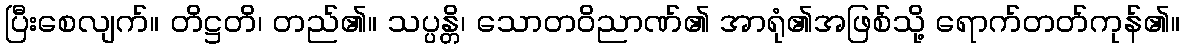
ပြီးစေလျက်။ တိဋ္ဌတိ၊ တည်၏။ သပ္ပန္တိ၊ သောတဝိညာဏ်၏ အာရုံ၏အဖြစ်သို့ ရောက်တတ်ကုန်၏။